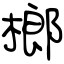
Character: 榔